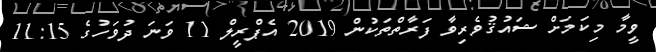
ވީމާ މިކަމަށް ޝައުޤުވެރިވާ ފަރާތްތަކުން 2019 އެޕްރީލް 11 ވަނަ ދުވަހުގެ 11:15